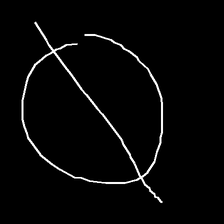
Glyph: orb